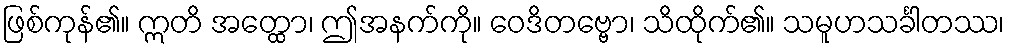
ဖြစ်ကုန်၏။ ဣတိ အတ္ထော၊ ဤအနက်ကို။ ဝေဒိတဗ္ဗော၊ သိထိုက်၏။ သမူဟသင်္ခါတဿ၊